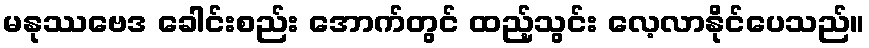
မနုဿဗေဒ ခေါင်းစည်း အောက်တွင် ထည့်သွင်း လေ့လာနိုင်ပေသည်။